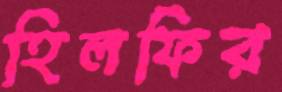
হিলফির